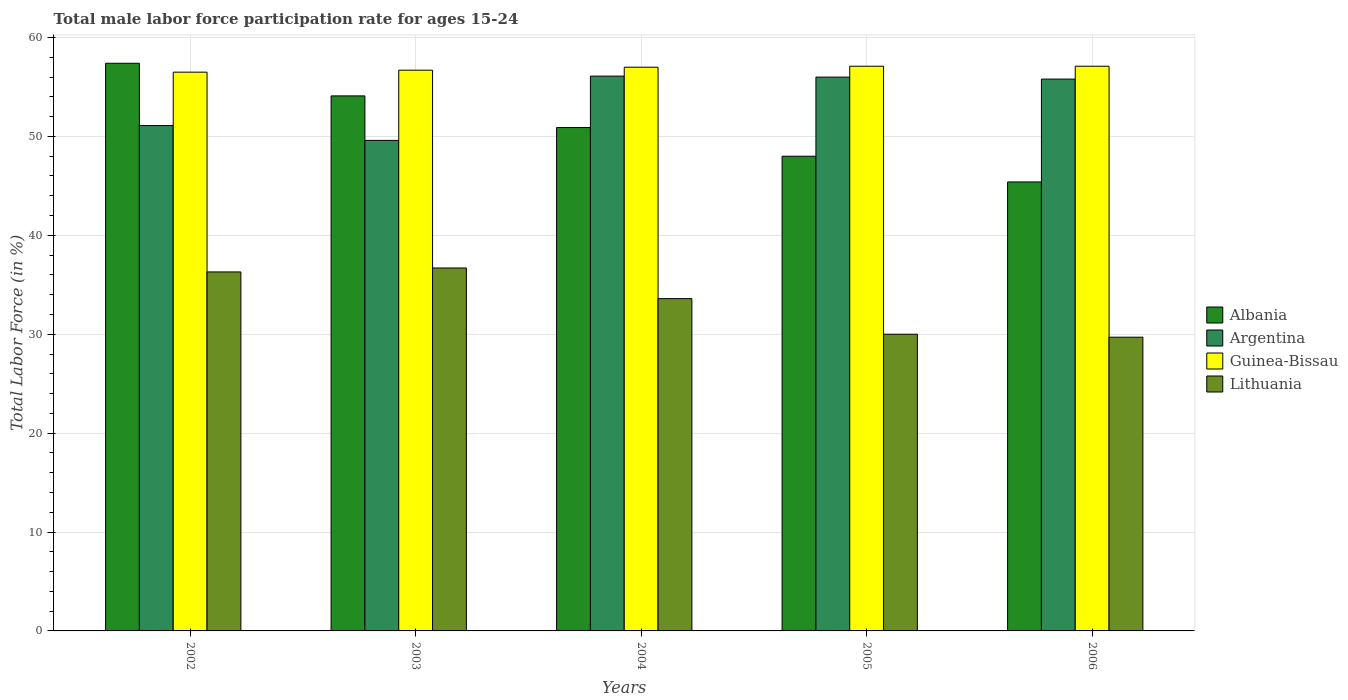
| Years | Albania | Argentina | Guinea-Bissau | Lithuania |
 | --- | --- | --- | --- | --- |
 | 2002 | 57.4 | 51.1 | 56.5 | 36.3 |
 | 2003 | 54.1 | 49.6 | 56.7 | 36.7 |
 | 2004 | 50.9 | 56.1 | 57 | 33.6 |
 | 2005 | 48 | 56 | 57.1 | 30 |
 | 2006 | 45.4 | 55.8 | 57.1 | 29.7 |